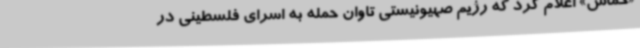
«حماس» اعلام کرد که رژیم صهیونیستی تاوان حمله به اسرای فلسطینی در